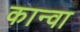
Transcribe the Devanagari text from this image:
कान्वा